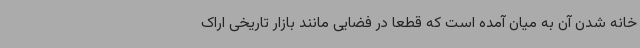
خانه شدن آن به میان آمده است که قطعا در فضایی مانند بازار تاریخی اراک